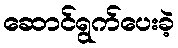
ဆောင်ရွက်ပေးခဲ့